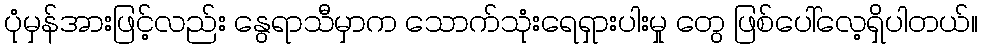
ပုံမှန်အားဖြင့်လည်း နွေရာသီမှာက သောက်သုံးရေရှားပါးမှု တွေ ဖြစ်ပေါ်လေ့ရှိပါတယ်။